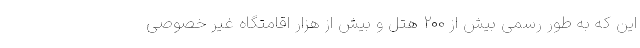
این که به طور رسمی بیش از ۲۰۰ هتل و بیش از هزار اقامتگاه غیر خصوصی